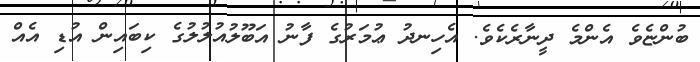
ބުންޏެވެ އެންމެ ދީނާރެކެވެ. އެހިނދު ޢުމަރުގެ ފާނު އަބޫލުއުލުލުގެ ކިބައިން އުޑި އެއް